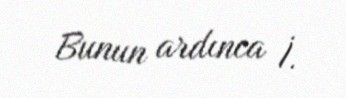
Bunun ardınca İ.